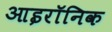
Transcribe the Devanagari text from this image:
आइरॉनिक